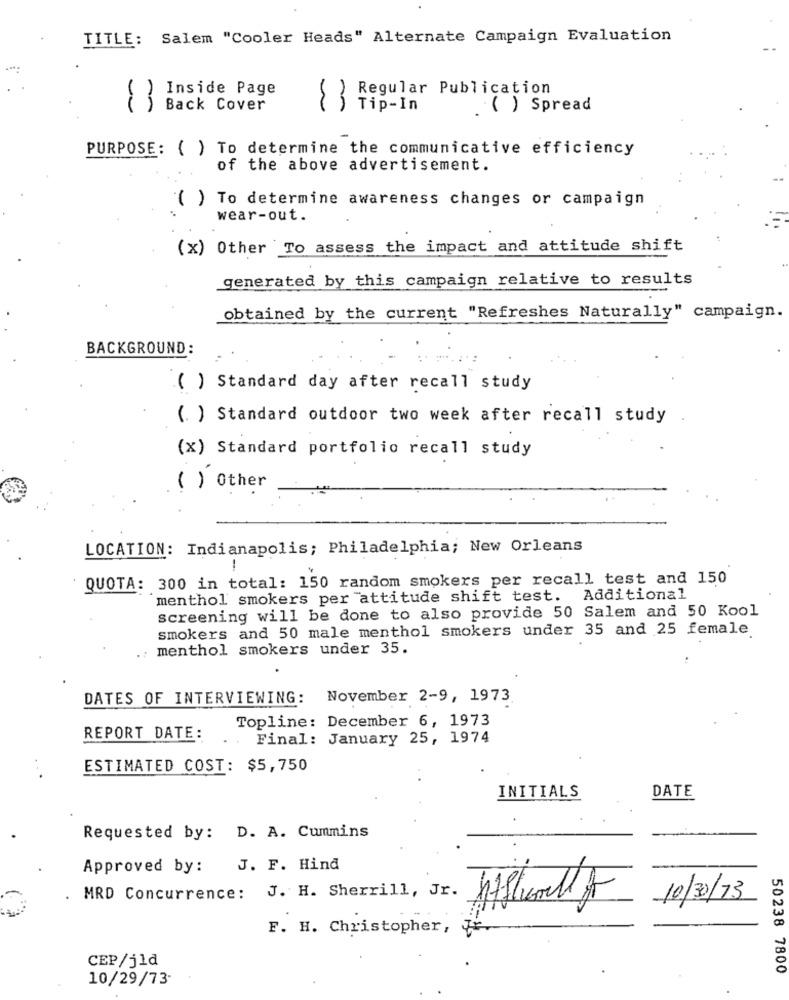
TITLE: Salem "Cooler Heads" Alternate Campaign Evaluation
Inside Page
Regular Publication
Back Cover
Tip-In
( ) Spread
PURPOSE: ( ) To determine the communicative efficiency
of the above advertisement.
( ) To determine awareness changes or campaign
wear-out.
(x) Other To assess the impact and attitude shift
generated by this campaign relative to results
obtained by the current "Refreshes Naturally" campaign.
BACKGROUND:
( ) Standard day after recall study
( ) Standard outdoor two week after recall study
(x) Standard portfolio recall study
( ) Other
LOCATION: Indianapolis; Philadelphia; New Orleans
--
QUOTA: 300 in total: 150 random smokers per recall test and 150
menthol smokers per attitude shift test. Additional
screening will be done to also provide 50 Salem and 50 Kool
smokers and 50 male menthol smokers under 35 and 25 female
menthol smokers under 35.
DATES OF INTERVIEWING: November 2-9, 1973
Topline: December 6, 1973
REPORT DATE:
Final: January 25, 1974
ESTIMATED COST: $5,750
INITIALS
DATE
Requested by: D. A. Cummins
Approved by :
J. F. Hind
MRD Concurrence: J. H. Sherrill, Jr.
10/30/73
F. H. Christopher,
CEP/j1d
50238 7800
10/29/73